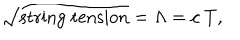
LaTeX: \sqrt { \mathrm { s t r i n g ~ t e n s i o n } } = \Lambda = c ~ T ,